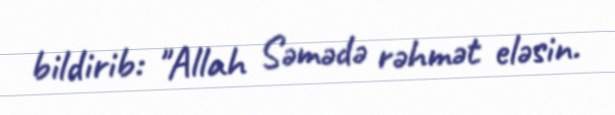
bildirib: "Allah Səmədə rəhmət eləsin.